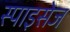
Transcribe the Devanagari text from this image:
स्पाइसेज